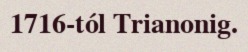
1716-tól Trianonig.